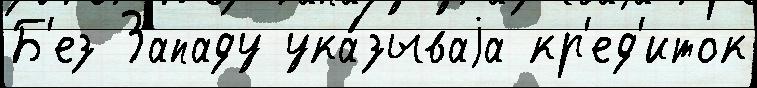
Б'ез Западу ука́зываjа кр'ед'иток